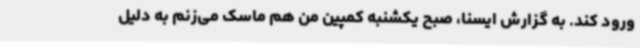
ورود کند. به گزارش ایسنا، صبح یکشنبه کمپین من هم ماسک می‌زنم به دلیل